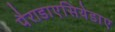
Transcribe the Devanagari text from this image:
पैराडाएसियेडाए